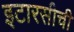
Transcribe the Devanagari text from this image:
इटारसीची